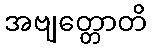
အဗျတ္တောတိ